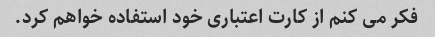
فکر می کنم از کارت اعتباری خود استفاده خواهم کرد.